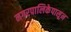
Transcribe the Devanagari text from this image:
नगरपालिकेपासून